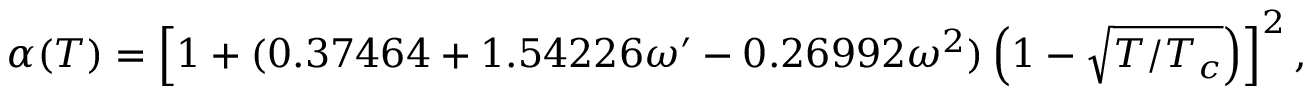
\alpha ( T ) = \left[ 1 + ( 0 . 3 7 4 6 4 + 1 . 5 4 2 2 6 \omega ^ { \prime } - 0 . 2 6 9 9 2 \omega ^ { 2 } ) \left( 1 - \sqrt { T / T _ { c } } \right) \right] ^ { 2 } ,